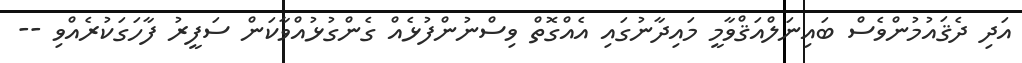
އަދި ދެޤައުމުންވެސް ބައިނަލްއަޤްވާމީ މައިދާނުގައި އެއްގޮތް ވިސްނުންފުޅެއް ގެންގުޅުއްވާކަން ސަފީރު ފާހަގަކުރެއްވި --